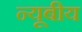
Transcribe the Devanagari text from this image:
न्यूबीय